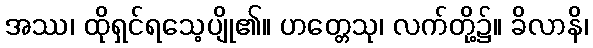
အဿ၊ ထိုရှင်ရသေ့ပျို၏။ ဟတ္တေသု၊ လက်တို့၌။ ခိလာနိ၊